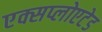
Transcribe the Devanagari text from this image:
एक्सप्लोएटेड